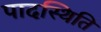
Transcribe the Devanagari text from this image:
पादस्थिति